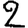
Digit: 2